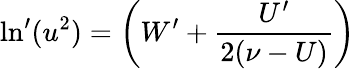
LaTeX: \ln^{\prime}(u^{2})=\left(W^{\prime}+\frac{U^{\prime}}{2(\nu-U)}\right)